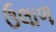
ઉલાળ